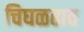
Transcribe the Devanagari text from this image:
चिघळतात